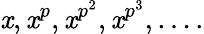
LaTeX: \mathit{x},\mathit{x}^{p},\mathit{x}^{p^{2}},\mathit{x}^{p^{3}},\ldots.